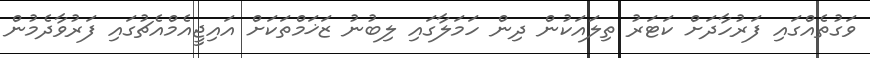
ވަގުތެއްގައި ފަރުހާދަށް ކަޓަރު ތިލައަކުން ދިން ހަމަލާގައި ލިބުނު ޒަޚަމްތަކަށް އައިޖީއެމްއެޗުގައި ފަރުވާދެމުން